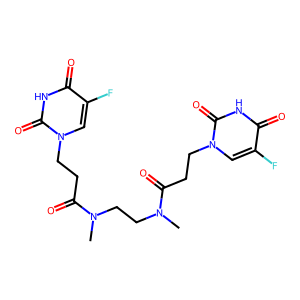
SMILES: CN(CCN(C)C(=O)CCn1cc(F)c(=O)[nH]c1=O)C(=O)CCn1cc(F)c(=O)[nH]c1=O
Inhibits HIV replication: No